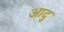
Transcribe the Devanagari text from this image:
आदु